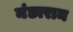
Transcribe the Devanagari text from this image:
मंछाराम